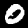
Digit: 0